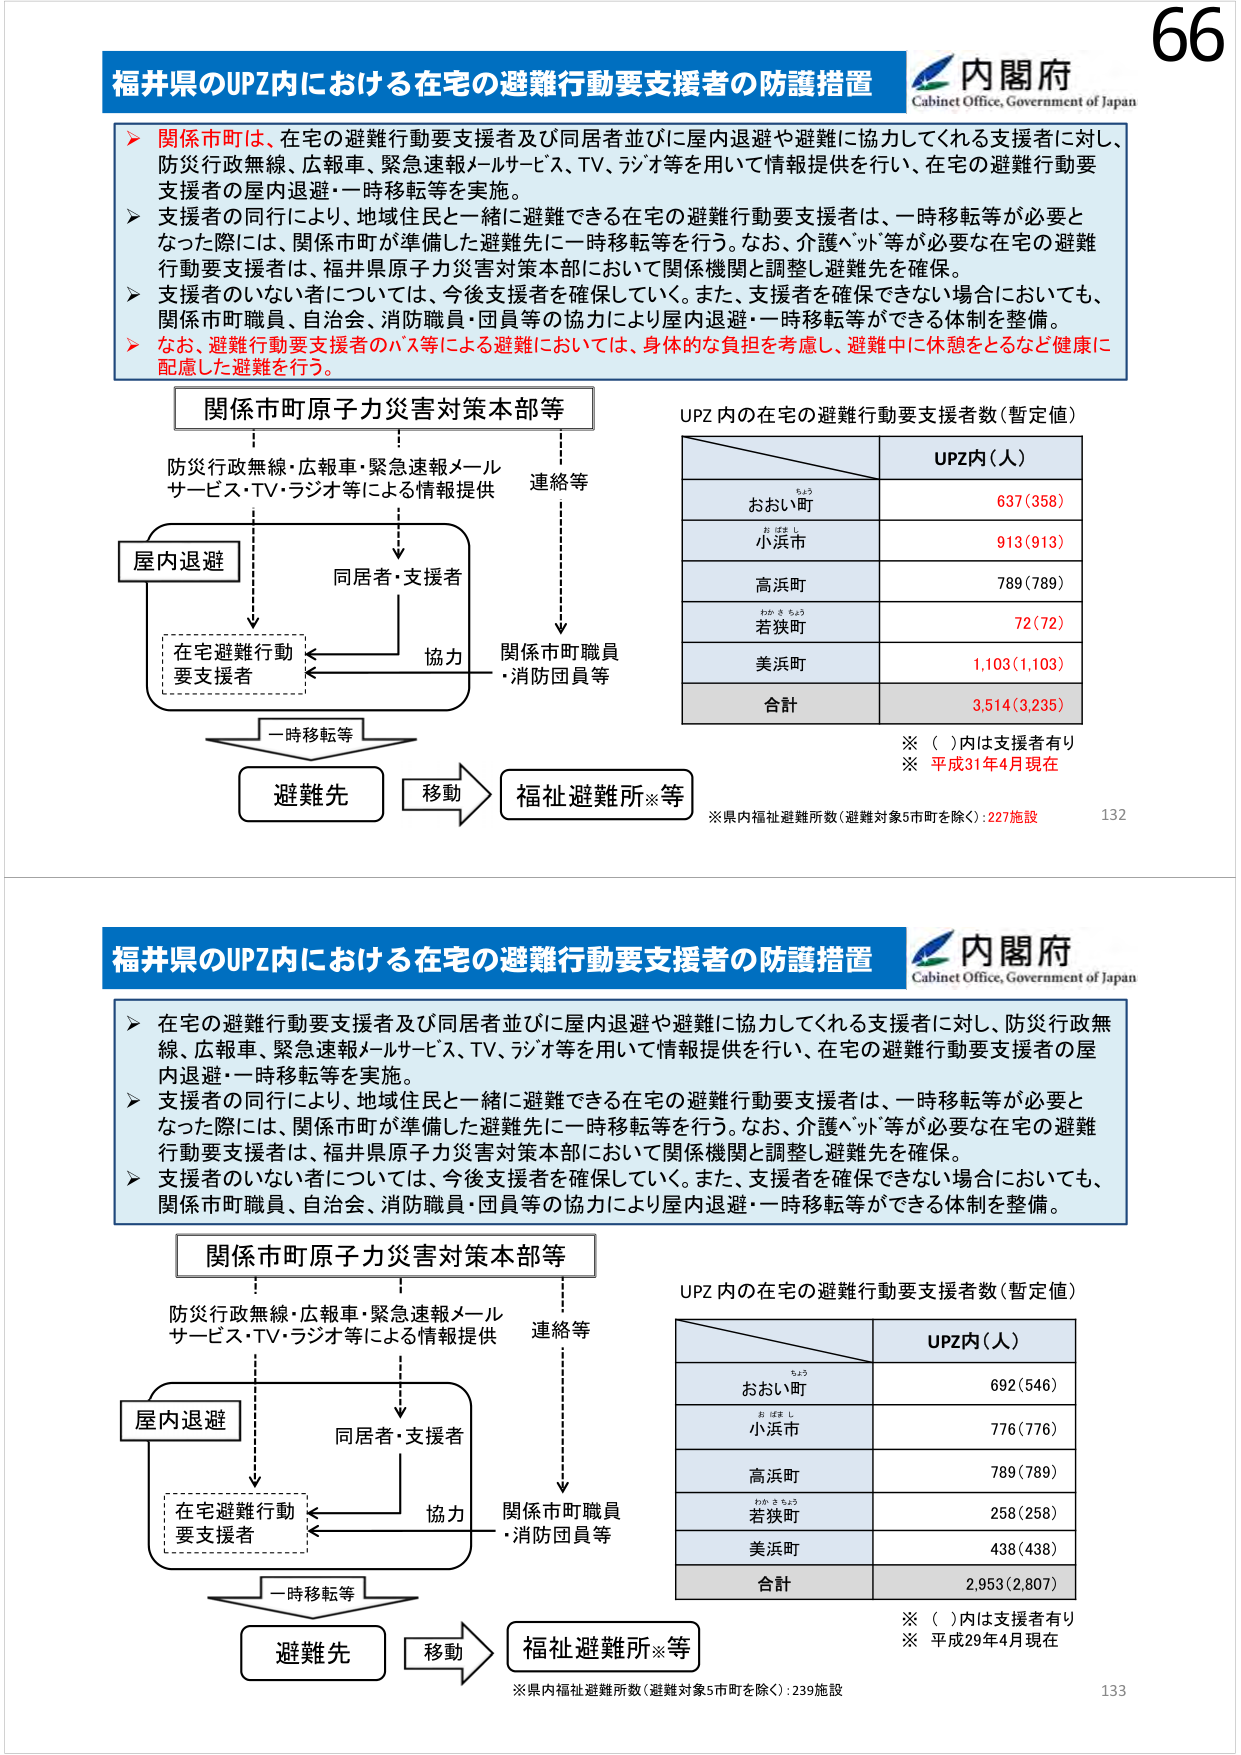
66
福井県のUPZ内における在宅の避難行動要支援者の防護措置
内閣府
Cabinet Office, Government of Japan
関係市町は、在宅の避難行動要支援者及び同居者並びに屋内退避や避難に協力してくれる支援者に対し、
防災行政無線、広報車、緊急速報メールサービス、TV、ラジオ等を用いて情報提供を行い、在宅の避難行動要
支援者の屋内退避・一時移転等を実施。
支援者の同行により、地域住民と一緒に避難できる在宅の避難行動要支援者は、一時移転等が必要と
なった際には、関係市町が準備した避難先に一時移転等を行う。なお、介護ベッド等が必要な在宅の避難
行動要支援者は、福井県原子力災害対策本部において関係機関と調整し避難先を確保。
支援者のいない者については、今後支援者を確保していく。また、支援者を確保できない場合においても、
関係市町職員、自治会、消防職員・団員等の協力により屋内退避・一時移転等ができる体制を整備。
なお、避難行動要支援者のバス等による避難においては、身体的な負担を考慮し、避難中に休憩をとるなど健康に
配慮した避難を行う。
関係市町原子力災害対策本部等
防災行政無線・広報車・緊急速報メール
サービス・TV・ラジオ等による情報提供
連絡等
屋内退避
同居者・支援者
在宅避難行動
要支援者
協力
関係市町職員
・消防団員等
一時移転等
避難先
移動
福祉避難所※等
UPZ内の在宅の避難行動要支援者数（暫定値）
UPZ内（人）
おおい町
637（358）
小浜市
913（913）
高浜町
789（789）
若狭町
72（72）
美浜町
1,103（1,103）
合計
3,514（3,235）
※（）内は支援者有り
※平成31年4月現在
※県内福祉避難所数（避難対象5市町を除く）：227施設
132
福井県のUPZ内における在宅の避難行動要支援者の防護措置
内閣府
Cabinet Office, Government of Japan
在宅の避難行動要支援者及び同居者並びに屋内退避や避難に協力してくれる支援者に対し、防災行政無
線、広報車、緊急速報メールサービス、TV、ラジオ等を用いて情報提供を行い、在宅の避難行動要支援者の屋
内退避・一時移転等を実施。
支援者の同行により、地域住民と一緒に避難できる在宅の避難行動要支援者は、一時移転等が必要と
なった際には、関係市町が準備した避難先に一時移転等を行う。なお、介護ベッド等が必要な在宅の避難
行動要支援者は、福井県原子力災害対策本部において関係機関と調整し避難先を確保。
支援者のいない者については、今後支援者を確保していく。また、支援者を確保できない場合においても、
関係市町職員、自治会、消防職員・団員等の協力により屋内退避・一時移転等ができる体制を整備。
関係市町原子力災害対策本部等
防災行政無線・広報車・緊急速報メール
サービス・TV・ラジオ等による情報提供
連絡等
屋内退避
同居者・支援者
在宅避難行動
要支援者
協力
関係市町職員
・消防団員等
一時移転等
避難先
移動
福祉避難所※等
UPZ内の在宅の避難行動要支援者数（暫定値）
UPZ内（人）
おおい町
692（546）
小浜市
776（776）
高浜町
789（789）
若狭町
258（258）
美浜町
438（438）
合計
2,953（2,807）
※（）内は支援者有り
※平成29年4月現在
※県内福祉避難所数（避難対象5市町を除く）：239施設
133